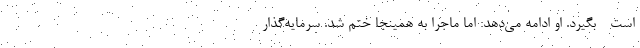
است - بگیرد. او ادامه می‌دهد: اما ماجرا به همینجا ختم شد. سرمایه‌گذار